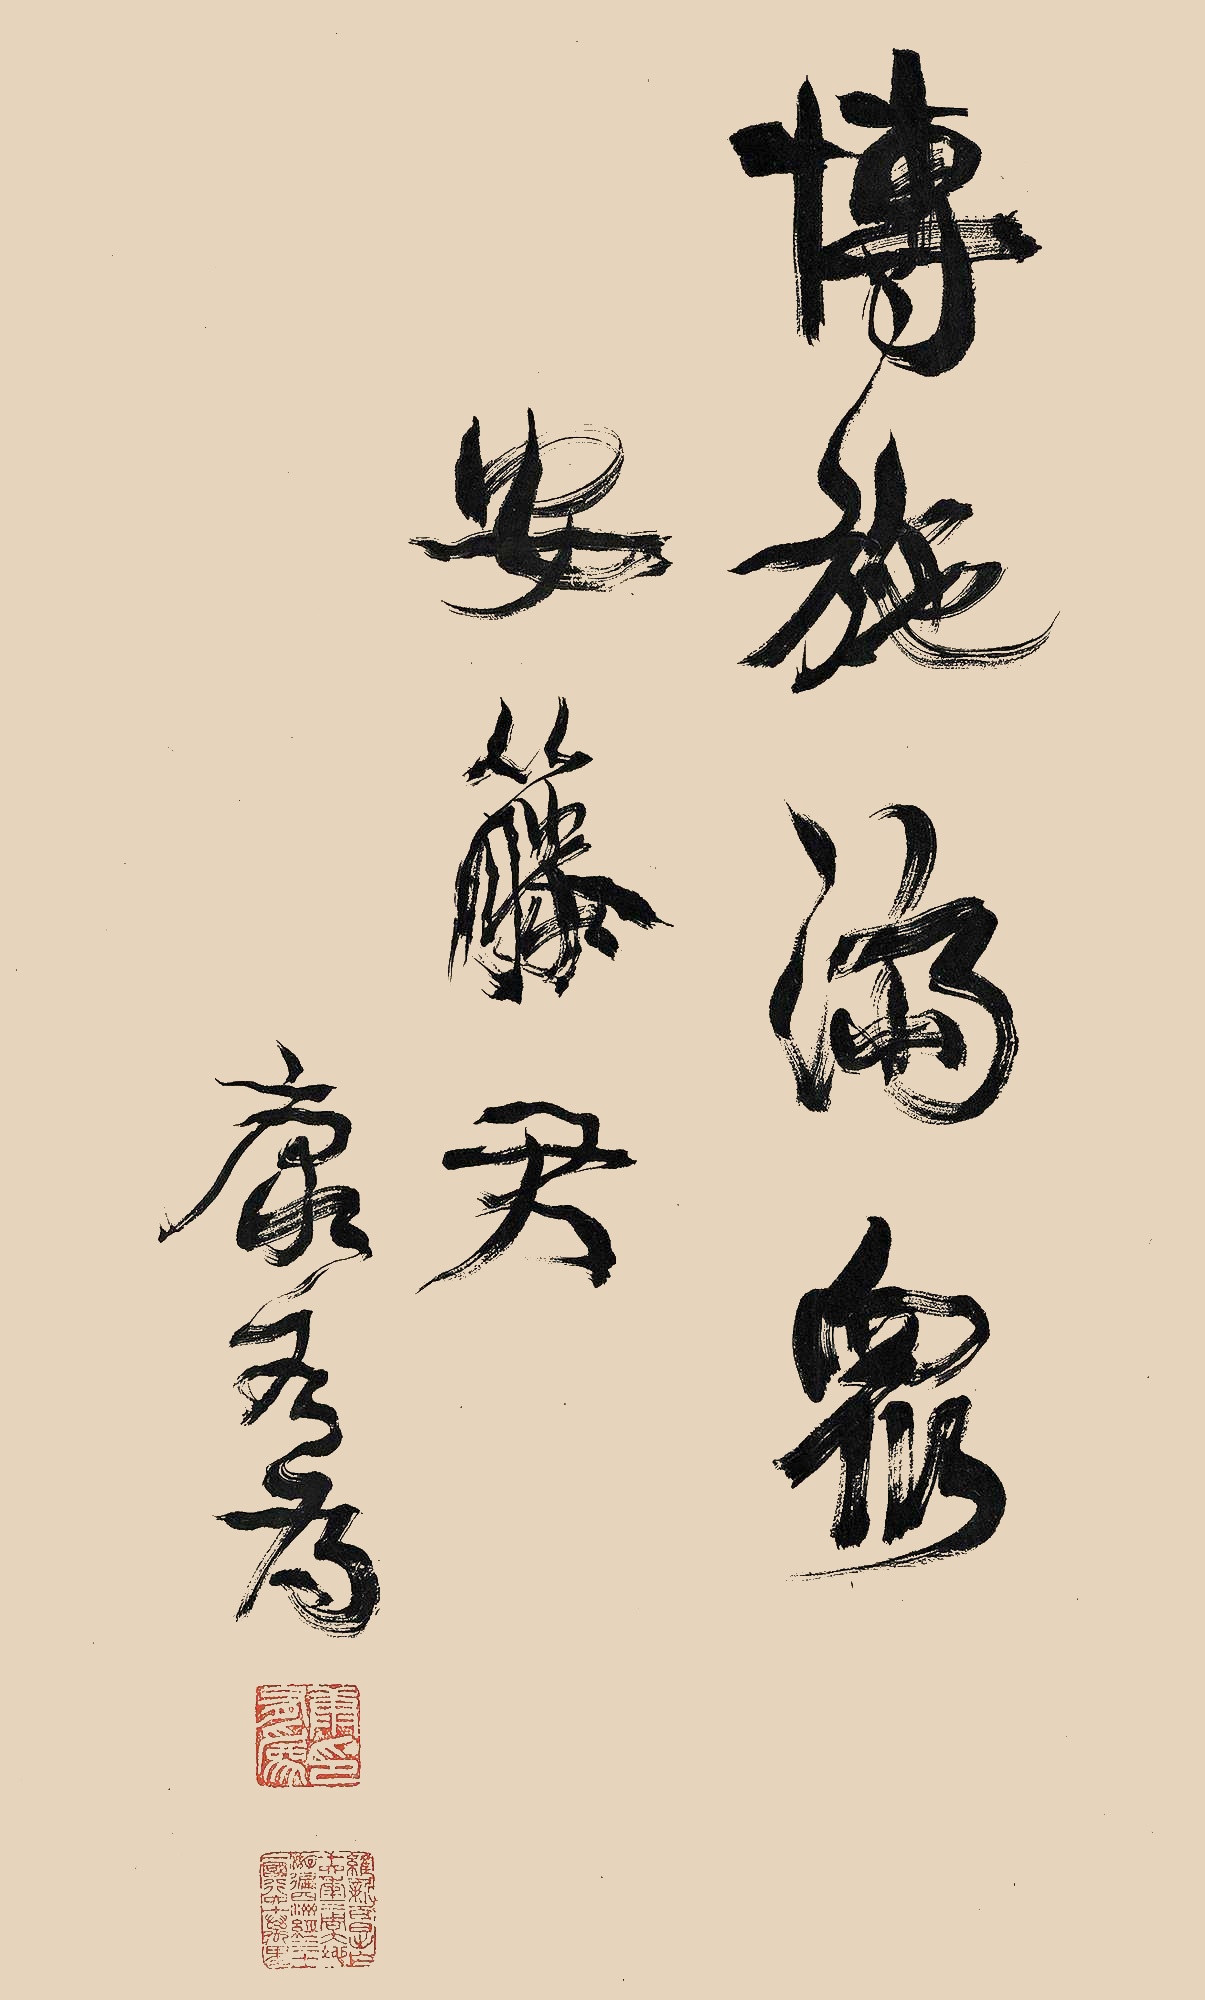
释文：博施济众。安藤君，康有为。